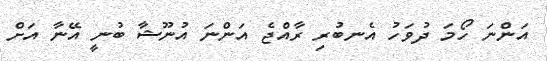
އަންނަ ހޯމަ ދުވަހު އެނބުރި ރާއްޖެ އަންނަ އުނޫޝާ ބުނީ އޭނާ އަށް